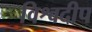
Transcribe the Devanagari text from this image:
विश्वदीप